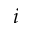
i